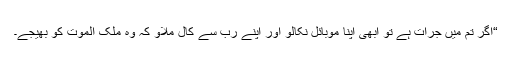
“اگر تم میں جرات ہے تو ابھی اپنا موبائل نکالو اور اپنے رب سے کال ملاؤ کہ وہ ملک الموت کو بھیجے۔